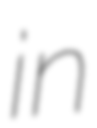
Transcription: in